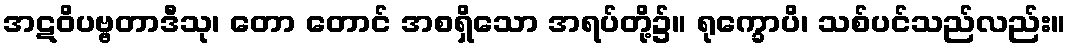
အဋဝိပဗ္ဗတာဒီသု၊ တော တောင် အစရှိသော အရပ်တို့၌။ ရုက္ခောပိ၊ သစ်ပင်သည်လည်း။